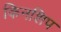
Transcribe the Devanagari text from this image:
किनशिप